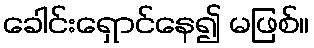
ခေါင်းရှောင်နေ၍ မဖြစ်။